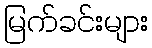
မြက်ခင်းများ